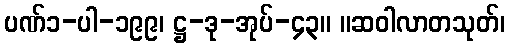
ပဏ်၁-ပါ-၁၉၉၊ ဋ္ဌ-ဒု-အုပ်-၄၃။ ။ဆဝါလာတသုတ်၊